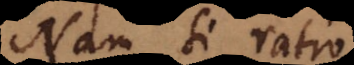
Nam si ratio